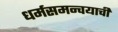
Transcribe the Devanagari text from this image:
धर्मसमन्वयाची